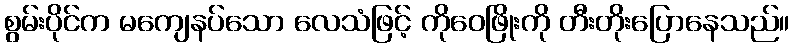
စွမ်းပိုင်က မကျေနပ်သော လေသံဖြင့် ကိုဝေဖြိုးကို တီးတိုးပြောနေသည်။